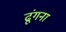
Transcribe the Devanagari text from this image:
ढूंगना